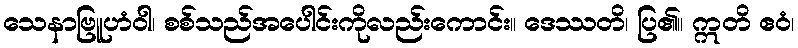
သေနာဗြူဟံဝါ၊ စစ်သည်အပေါင်းကိုလည်းကောင်း။ ဒေဿတိ၊ ပြ၏။ ဣတိ ဧဝံ၊